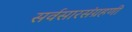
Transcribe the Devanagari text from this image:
सर्वसारसंग्रहणी